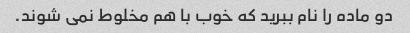
دو ماده را نام ببرید که خوب با هم مخلوط نمی شوند.